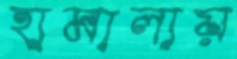
হামালায়